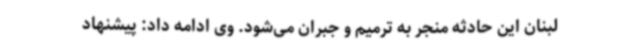
لبنان این حادثه منجر به ترمیم و جبران می‌شود. وی ادامه داد: پیشنهاد